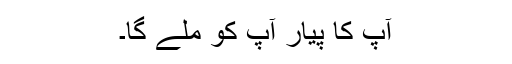
آپ کا پیار آپ کو ملے گا۔